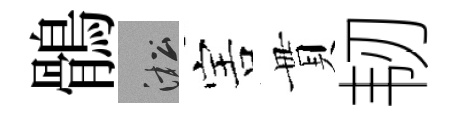
鶻淞害貫韧